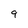
Character: 9